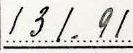
131.91